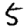
Digit: 5